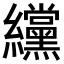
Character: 𫄗